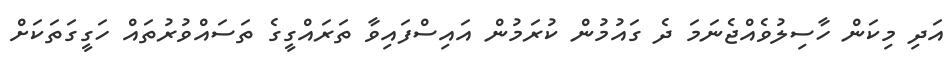
އަދި މިކަން ހާސިލުވެއްޖެނަމަ ދެ ގައުމުން ކުރަމުން އައިސްފައިވާ ތަރައްގީގެ ތަސައްވުރުތައް ހަގީގަތަކަށް